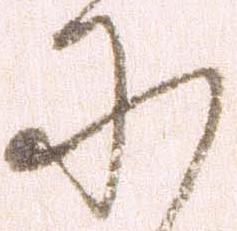
に